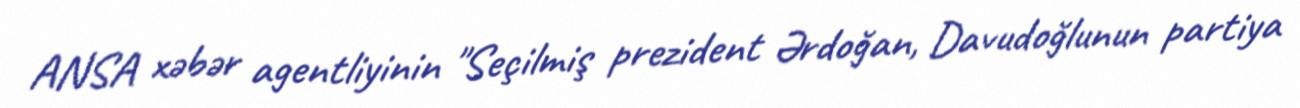
ANSA xəbər agentliyinin "Seçilmiş prezident Ərdoğan, Davudoğlunun partiya